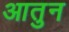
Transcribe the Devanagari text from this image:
आतुन